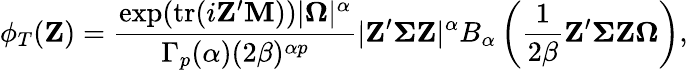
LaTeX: \phi_{T}(\mathbf{Z})={\frac{\exp(\mathrm{{tr}}(i\mathbf{Z}^{\prime}\mathbf{M}))|{\boldsymbol{\Omega}}|^{\alpha}}{\Gamma_{p}(\alpha)(2\beta)^{\alpha p}}}|\mathbf{Z}^{\prime}{\boldsymbol{\Sigma}}\mathbf{Z}|^{\alpha}B_{\alpha}\left({\frac{1}{2\beta}}\mathbf{Z}^{\prime}{\boldsymbol{\Sigma}}\mathbf{Z}{\boldsymbol{\Omega}}\right),